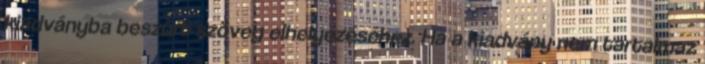
kiadványba beszúrt szöveg elhelyezéséhez. Ha a kiadvány nem tartalmaz